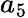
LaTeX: a_{5}